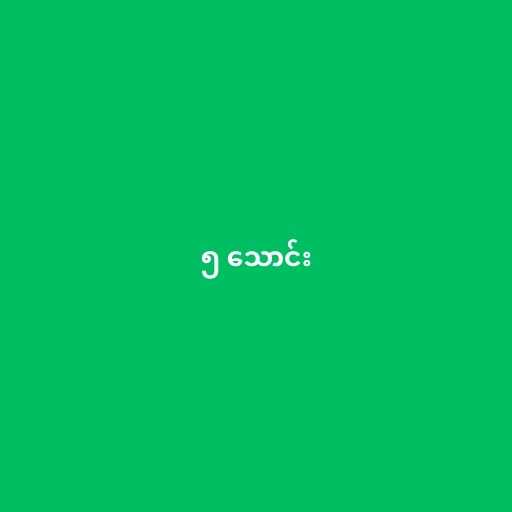
၅ သောင်း